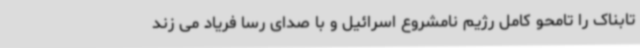
تابناک را تامحو کامل رژیم نامشروع اسرائیل و با صدای رسا فریاد می زند